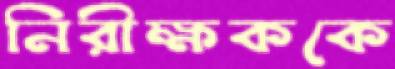
নিরীক্ষককে